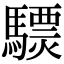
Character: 𩦈